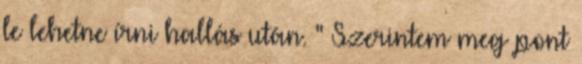
le lehetne írni hallás után. " Szerintem meg pont